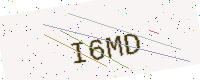
Text: I6MD